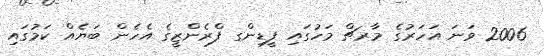
2006 ވަނަ އަހަރުގެ މާރޗް މަހުގައި ފީޑިންގ ފްރެންޒީގެ އެހެން ބަޔެއް ކަމުގައި